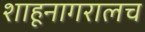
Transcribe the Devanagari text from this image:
शाहूनागरालच